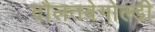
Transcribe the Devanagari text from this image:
दौलतबेगोल्डी